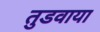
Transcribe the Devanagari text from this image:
तुडवाया